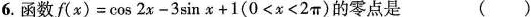
6.函数$$f(x) = \cos2 - 3\sin x + 1(0 < x < 2π)$$的零点是（）